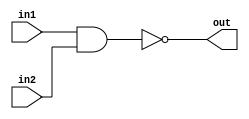
// Developed by Aashi Srivastava
//TITLE: NAND GATE WITH CONTINUOUS ASSIGNMENT
module nandGate_CA (in1 ,in2 ,out); //module name assignment
    input in1,in2; // one-bit inputs (input-1, input-2)
    output out;

    assign out=~(in1 & in2); // Continuous Assiggment using assign. "Out" is net type while "in" is reg type."~|" operator is used.
endmodule